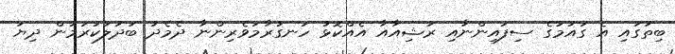
ބިތުގައި އެ ގައުމުގެ ސިފައިންނާއި ރަޝިއާއާ އެއްކޮޅު ހަނގުރާމަވެރިންނާ ދެމެދު ބަދަލުކުރަމުން ދިޔަ